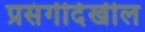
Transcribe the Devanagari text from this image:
प्रसंगीदेखील